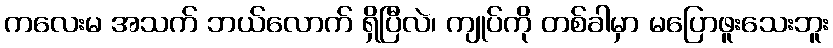
ကလေးမ အသက် ဘယ်လောက် ရှိပြီလဲ၊ ကျုပ်ကို တစ်ခါမှာ မပြောဖူးသေးဘူး